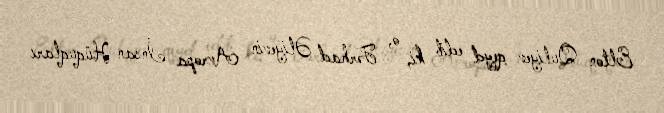
Elton Quliyev qeyd edib ki, o, Fərhad Əliyevin Avropa İnsan Hüquqları